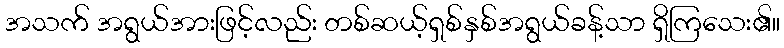
အသက် အရွယ်အားဖြင့်လည်း တစ်ဆယ့်ရှစ်နှစ်အရွယ်ခန့်သာ ရှိကြသေး၏။